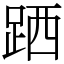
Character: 跴